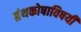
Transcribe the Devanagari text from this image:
ग्रंथकोषाविषयी